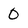
Character: 0